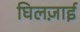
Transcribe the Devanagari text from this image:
घिलज़ाई